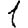
Digit: 1